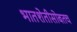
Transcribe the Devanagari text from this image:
भातशेतीसोबतच